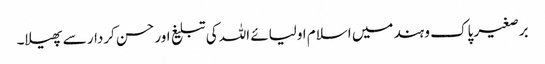
برصغیر پاک و ہند میں اسلام اولیائے اللہ کی تبلیغ اور حسن کردار سے پھیلا۔